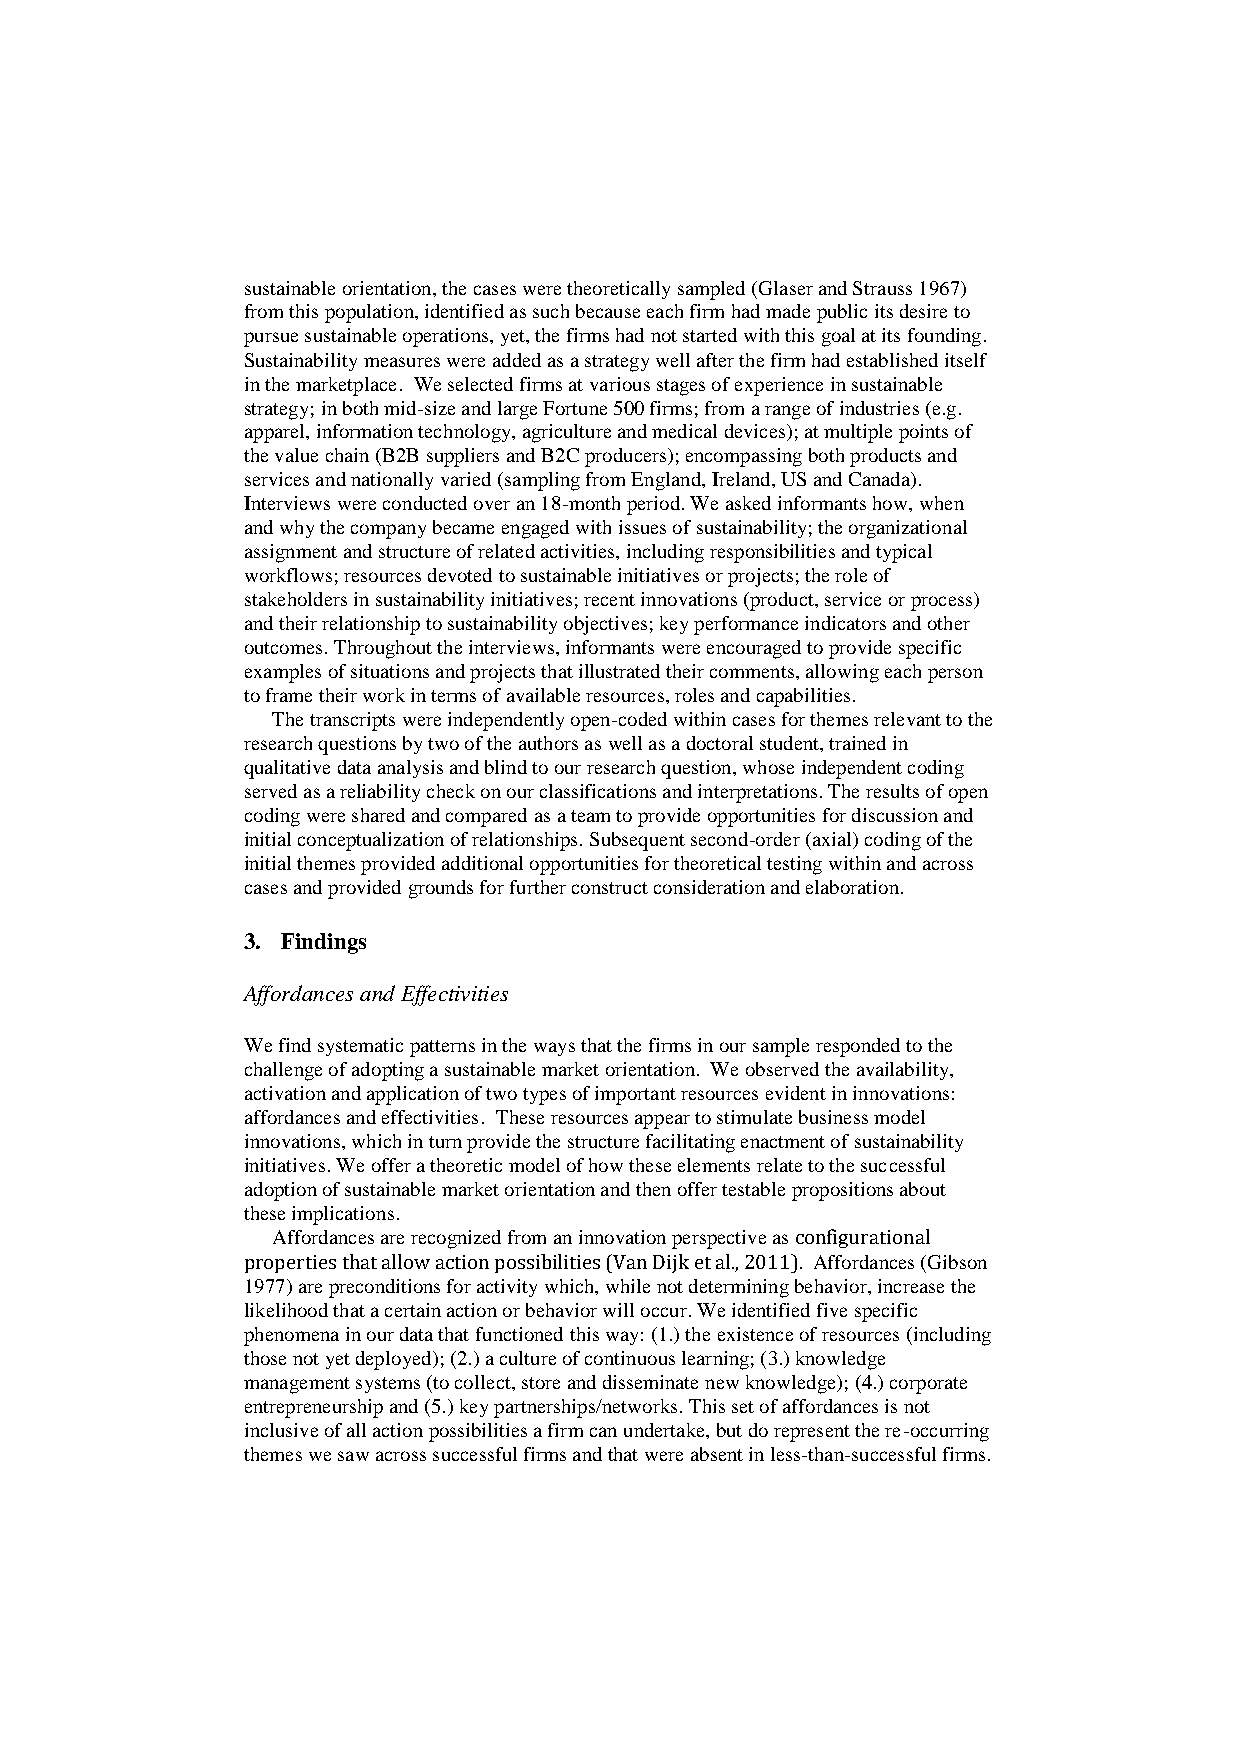
sustainable orientation, the cases were theoretically sampled (Glaser and Strauss 1967)
 from this population, identified as such because each firm had made public its desire to
 pursue sustainable operations, yet, the firms had not started with this goal at its founding.
 Sustainability measures were added as a strategy well after the firm had established itself
 in the marketplace. We selected firms at various stages of experience in sustainable
 strategy; in both mid-size and large Fortune 500 firms; from a range of industries (e.g.
 apparel, information technology, agriculture and medical devices); at multiple points of
 the value chain (B2B suppliers and B2C producers); encompassing both products and
 services and nationally varied (sampling from England, Ireland, US and Canada).
 Interviews were conducted over an 18-month period. We asked informants how, when
 and why the company became engaged with issues of sustainability; the organizational
 assignment and structure of related activities, including responsibilities and typical
 workflows; resources devoted to sustainable initiatives or projects; the role of
 stakeholders in sustainability initiatives; recent innovations (product, service or process)
 and their relationship to sustainability objectives; key performance indicators and other
 outcomes. Throughout the interviews, informants were encouraged to provide specific
 examples of situations and projects that illustrated their comments, allowing each person
 to frame their work in terms of available resources, roles and capabilities.
 The transcripts were independently open-coded within cases for themes relevant to the
 research questions by two of the authors as well as a doctoral student, trained in
 qualitative data analysis and blind to our research question, whose independent coding
 served as a reliability check on our classifications and interpretations. The results of open
 coding were shared and compared as a team to provide opportunities for discussion and
 initial conceptualization of relationships. Subsequent second-order (axial) coding of the
 initial themes provided additional opportunities for theoretical testing within and across
 cases and provided grounds for further construct consideration and elaboration.
 3. Findings
 Affordances and Effectivities
 We find systematic patterns in the ways that the firms in our sample responded to the
 challenge of adopting a sustainable market orientation. We observed the availability,
 activation and application of two types of important resources evident in innovations:
 affordances and effectivities. These resources appear to stimulate business model
 innovations, which in turn provide the structure facilitating enactment of sustainability
 initiatives. We offer a theoretic model of how these elements relate to the successful
 adoption of sustainable market orientation and then offer testable propositions about
 these implications.
 Affordances are recognized from an innovation perspective as configurational
 properties that allow action possibilities (Van Dijk et al., 2011). Affordances (Gibson
 1977) are preconditions for activity which, while not determining behavior, increase the
 likelihood that a certain action or behavior will occur. We identified five specific
 phenomena in our data that functioned this way: (1.) the existence of resources (including
 those not yet deployed); (2.) a culture of continuous learning; (3.) knowledge
 management systems (to collect, store and disseminate new knowledge); (4.) corporate
 entrepreneurship and (5.) key partnerships/networks. This set of affordances is not
 inclusive of all action possibilities a firm can undertake, but do represent the re-occurring
 themes we saw across successful firms and that were absent in less-than-successful firms.